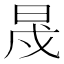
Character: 𣆭